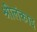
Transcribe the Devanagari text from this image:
श्रीलंकाइ